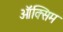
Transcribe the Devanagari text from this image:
ऑक्सिम